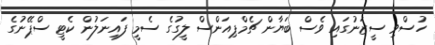
ހުސްވި ސީޒަނުގައި ވެސް ބަޔާން ޗެމްޕިއަންސް ލީގުގެ ސެމީ ފައިނަލުން ކެޓީ ސްޕޭނުގެ